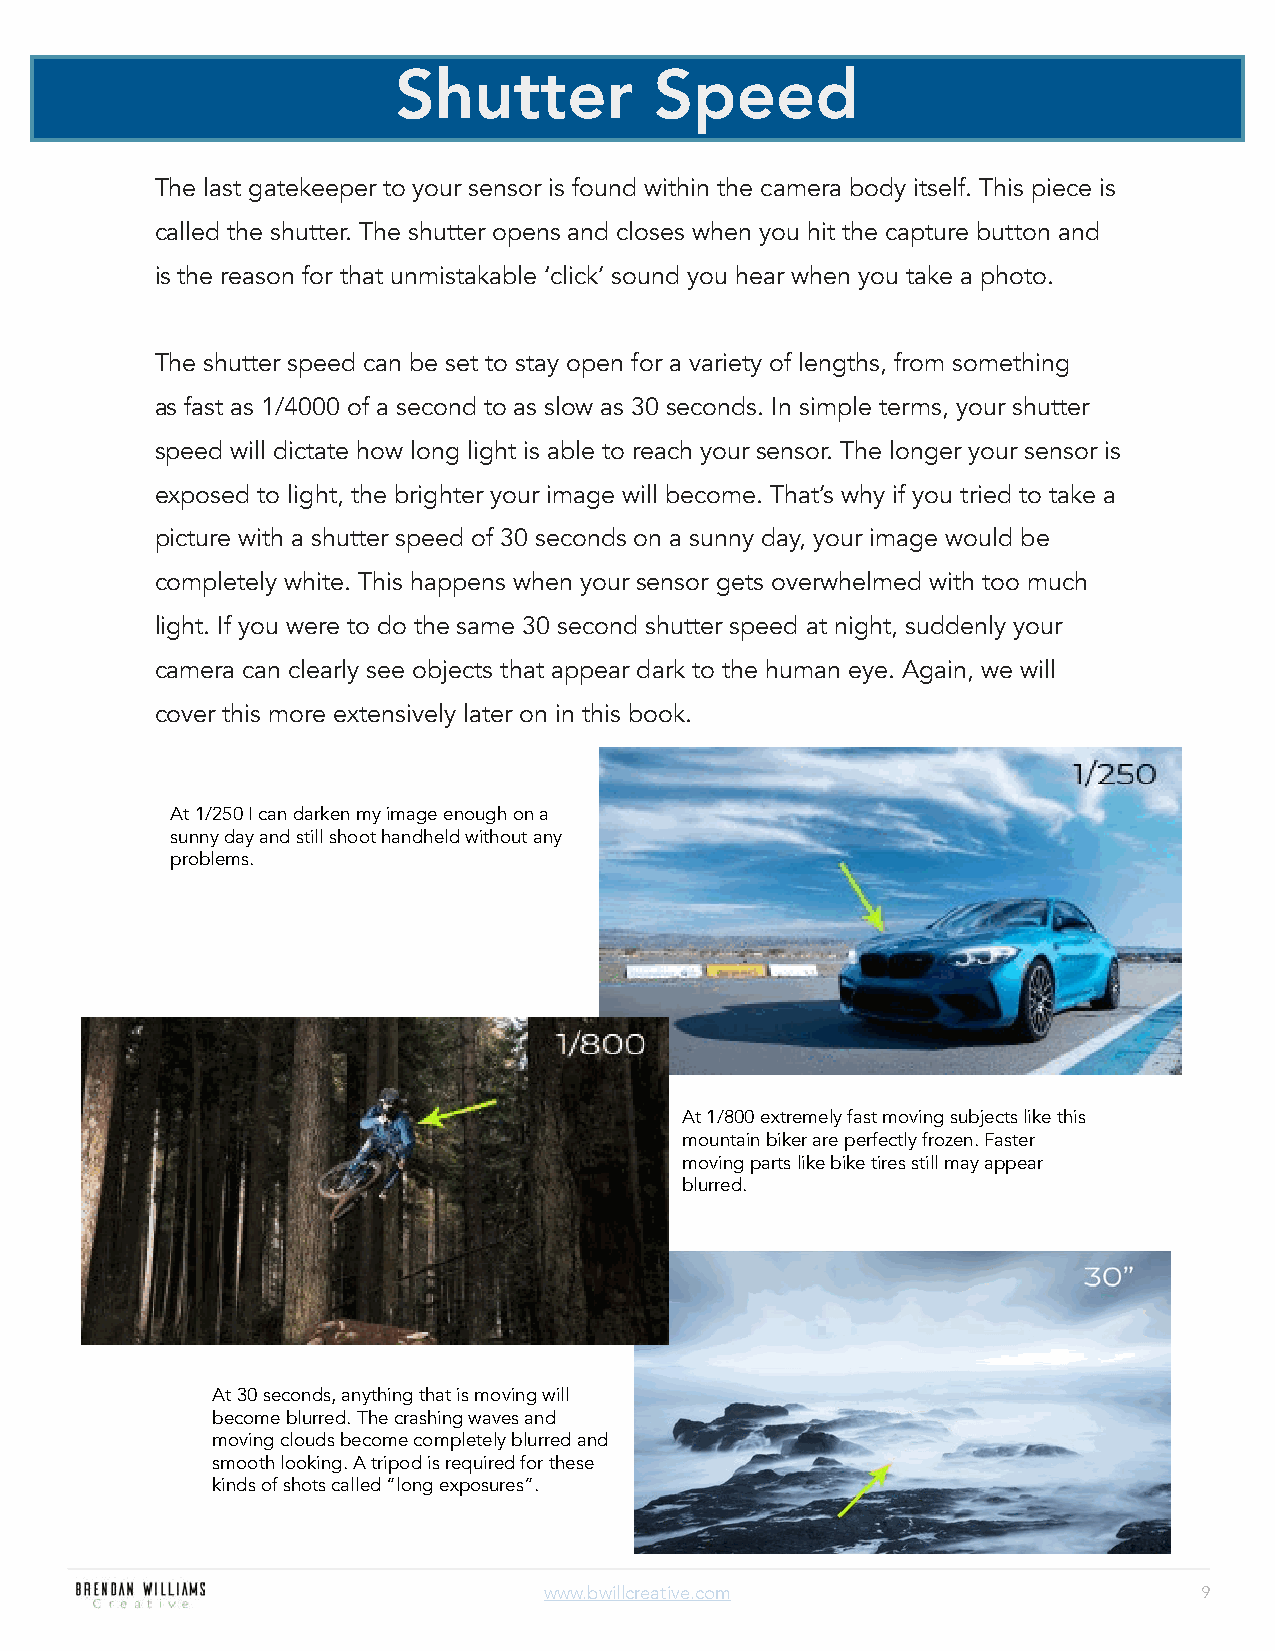
Shutter          Speed
 The last gatekeeper to your sensor is found within the camera body itself. This piece is
 called the shutter. The shutter opens and closes when you hit the capture button and
 is the reason for that unmistakable ‘click’ sound you hear when you take a photo.
 The shutter speed can be set to stay open for a variety of lengths, from something
 as fast as 1/4000 of a second to as slow as 30 seconds. In simple terms, your shutter
 speed will dictate how long light is able to reach your sensor. The longer your sensor is
 exposed to light, the brighter your image will become. That’s why if you tried to take a
 picture with a shutter speed of 30 seconds on a sunny day, your image would be
 completely white. This happens when your sensor gets overwhelmed with too much
 light. If you were to do the same 30 second shutter speed at night, suddenly your
 camera can clearly see objects that appear dark to the human eye. Again, we will
 cover this more extensively later on in this book.
 At 1/250 I can darken my image enough on a
 sunny day and still shoot handheld without any
 problems.
 At 1/800 extremely fast moving subjects like this
 mountain biker are perfectly frozen. Faster
 moving parts like bike tires still may appear
 blurred.
 At 30 seconds, anything that is moving will
 become blurred. The crashing waves and
 moving clouds become completely blurred and
 smooth looking. A tripod is required for these
 kinds of shots called “long exposures”.
 www.bwillcreative.com                       9